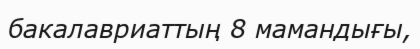
бакалавриаттың 8 мамандығы,